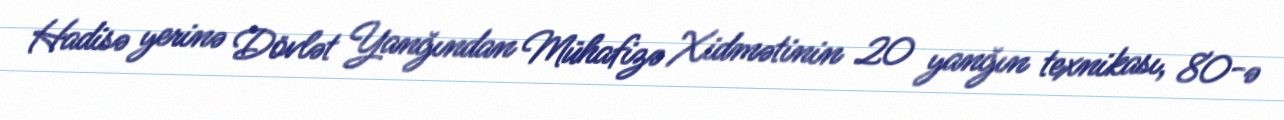
Hadisə yerinə Dövlət Yanğından Mühafizə Xidmətinin 20 yanğın texnikası, 80-ə